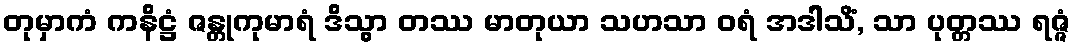
တုမှာကံ ကနိဋ္ဌံ ဇန္တုကုမာရံ ဒိသွာ တဿ မာတုယာ သဟသာ ဝရံ အဒါသိံ, သာ ပုတ္တဿ ရဇ္ဇံ